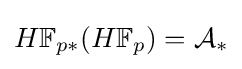
H\mathbb {F} _{p*}(H\mathbb {F} _{p})={\mathcal {A}}_{*}